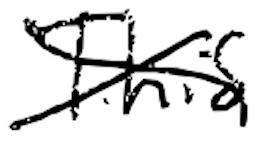
Text: This
Cross-out: cross
Writing tool: digital_black